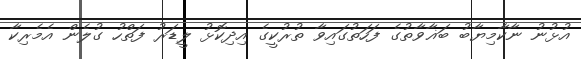
އުޅުނު ނާކާމިޔާބު ބަޣާވާތުގެ ފަހަތުގައިވާ ތުރުކީގެ އިދިކޮޅު ލީޑަރު ފަތްހު ގުލެން އެމެރިކާ